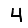
Digit: 4